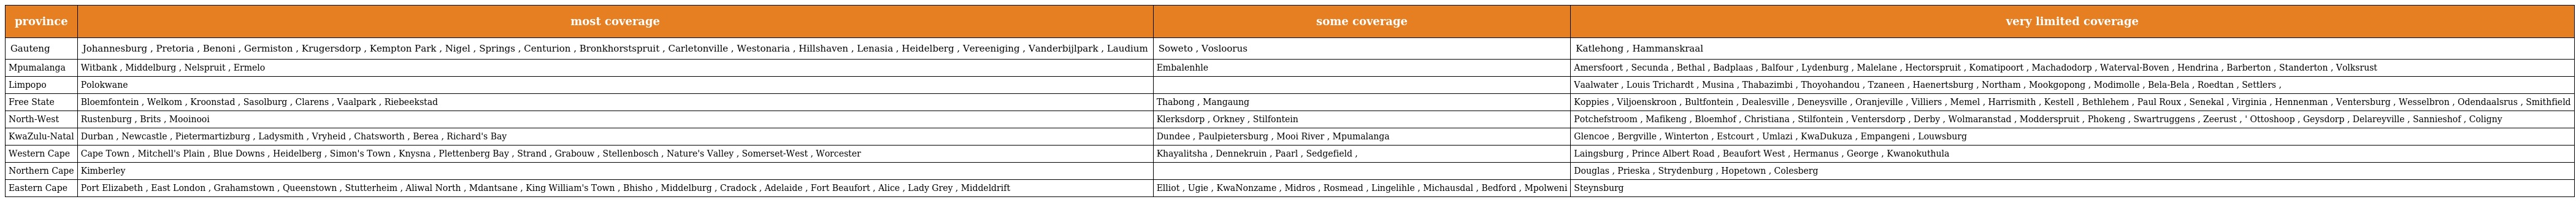
| province | most coverage | some coverage | very limited coverage |
 | --- | --- | --- | --- |
 | Gauteng | Johannesburg , Pretoria , Benoni , Germiston , Krugersdorp , Kempton Park , Nigel , Springs , Centurion , Bronkhorstspruit , Carletonville , Westonaria , Hillshaven , Lenasia , Heidelberg , Vereeniging , Vanderbijlpark , Laudium | Soweto , Vosloorus | Katlehong , Hammanskraal |
 | Mpumalanga | Witbank , Middelburg , Nelspruit , Ermelo | Embalenhle | Amersfoort , Secunda , Bethal , Badplaas , Balfour , Lydenburg , Malelane , Hectorspruit , Komatipoort , Machadodorp , Waterval-Boven , Hendrina , Barberton , Standerton , Volksrust |
 | Limpopo | Polokwane |  | Vaalwater , Louis Trichardt , Musina , Thabazimbi , Thoyohandou , Tzaneen , Haenertsburg , Northam , Mookgopong , Modimolle , Bela-Bela , Roedtan , Settlers , |
 | Free State | Bloemfontein , Welkom , Kroonstad , Sasolburg , Clarens , Vaalpark , Riebeekstad | Thabong , Mangaung | Koppies , Viljoenskroon , Bultfontein , Dealesville , Deneysville , Oranjeville , Villiers , Memel , Harrismith , Kestell , Bethlehem , Paul Roux , Senekal , Virginia , Hennenman , Ventersburg , Wesselbron , Odendaalsrus , Smithfield |
 | North-West | Rustenburg , Brits , Mooinooi | Klerksdorp , Orkney , Stilfontein | Potchefstroom , Mafikeng , Bloemhof , Christiana , Stilfontein , Ventersdorp , Derby , Wolmaranstad , Modderspruit , Phokeng , Swartruggens , Zeerust , ' Ottoshoop , Geysdorp , Delareyville , Sannieshof , Coligny |
 | KwaZulu-Natal | Durban , Newcastle , Pietermartizburg , Ladysmith , Vryheid , Chatsworth , Berea , Richard's Bay | Dundee , Paulpietersburg , Mooi River , Mpumalanga | Glencoe , Bergville , Winterton , Estcourt , Umlazi , KwaDukuza , Empangeni , Louwsburg |
 | Western Cape | Cape Town , Mitchell's Plain , Blue Downs , Heidelberg , Simon's Town , Knysna , Plettenberg Bay , Strand , Grabouw , Stellenbosch , Nature's Valley , Somerset-West , Worcester | Khayalitsha , Dennekruin , Paarl , Sedgefield , | Laingsburg , Prince Albert Road , Beaufort West , Hermanus , George , Kwanokuthula |
 | Northern Cape | Kimberley |  | Douglas , Prieska , Strydenburg , Hopetown , Colesberg |
 | Eastern Cape | Port Elizabeth , East London , Grahamstown , Queenstown , Stutterheim , Aliwal North , Mdantsane , King William's Town , Bhisho , Middelburg , Cradock , Adelaide , Fort Beaufort , Alice , Lady Grey , Middeldrift | Elliot , Ugie , KwaNonzame , Midros , Rosmead , Lingelihle , Michausdal , Bedford , Mpolweni | Steynsburg |